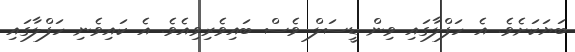
ބަޔަކަށެވެ. އެ ހަފްލާގައި ވިން ޑީސަލް ވެސް ބައިވެރިވިއެވެ. އެ ކައިވެނި ހަފްލާގައި